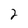
Character: 2